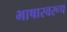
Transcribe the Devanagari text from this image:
भाषास्वरूप